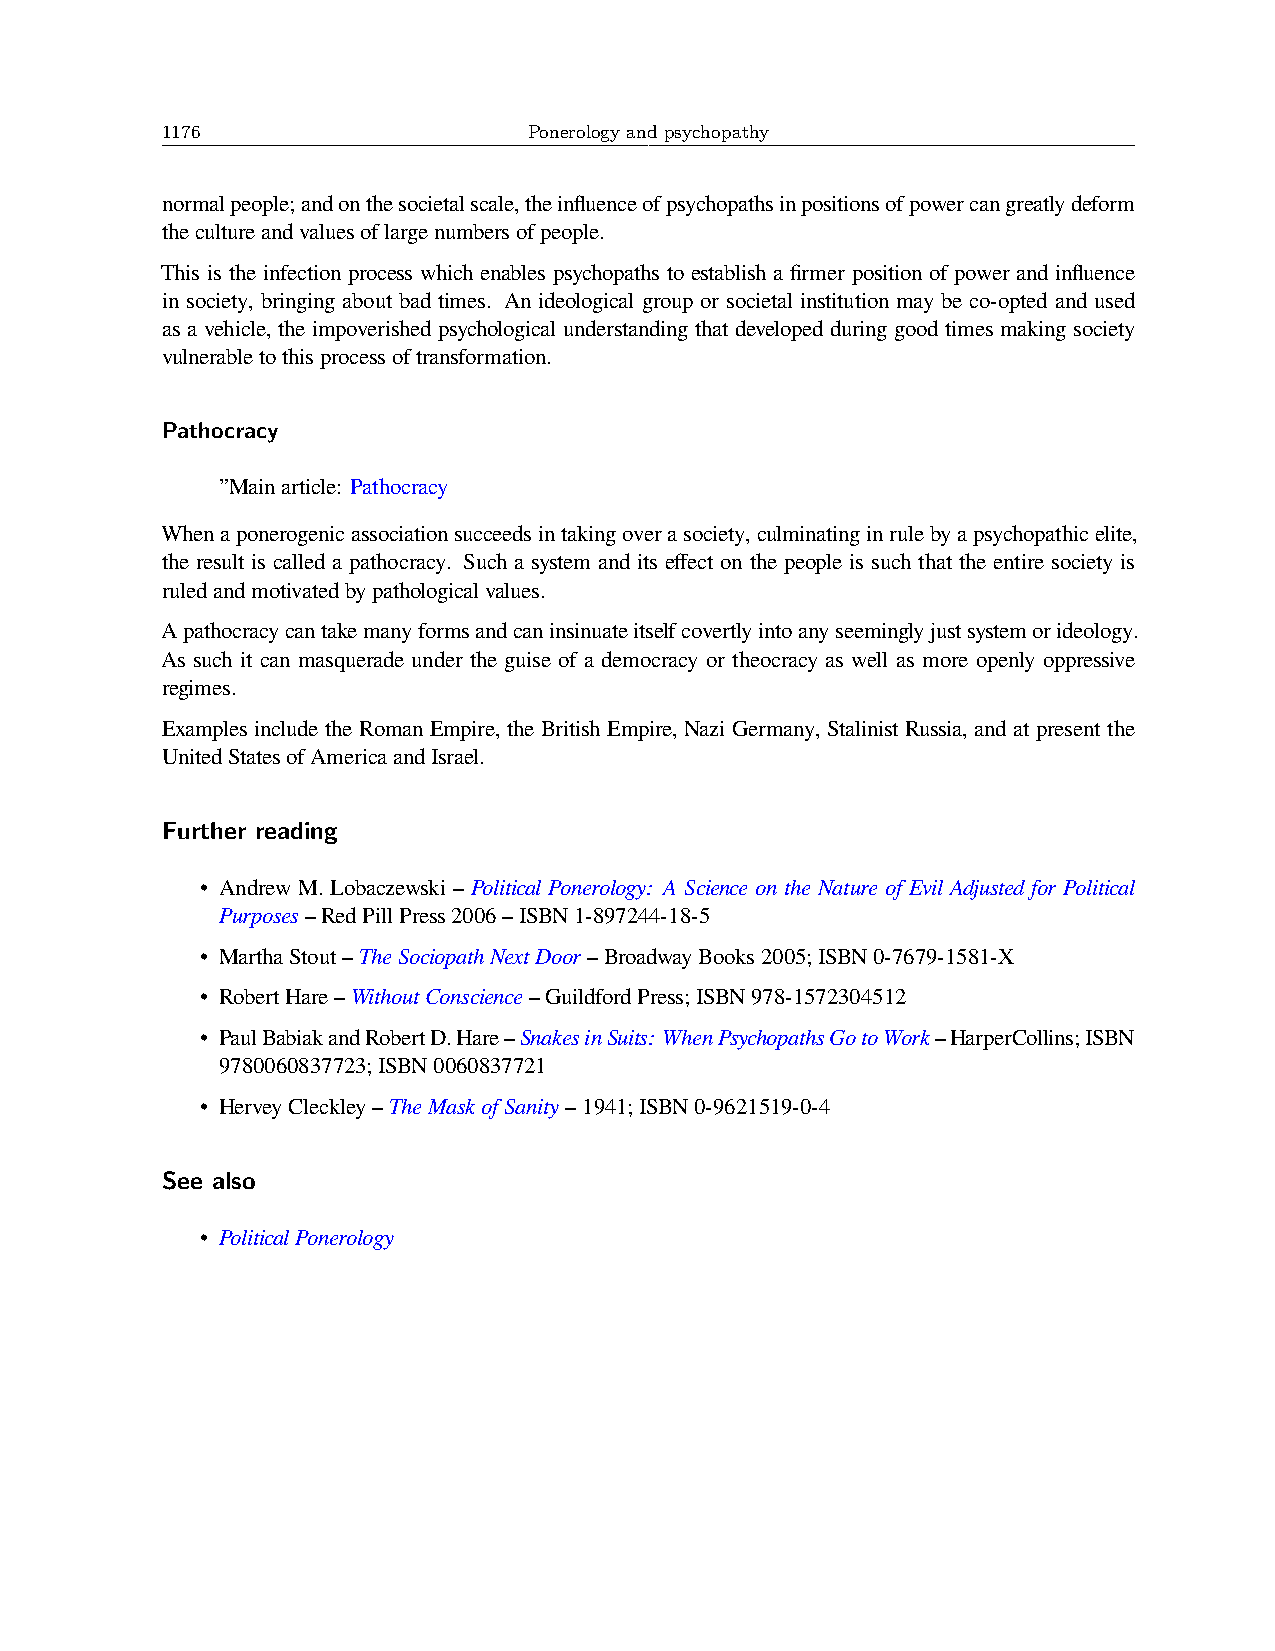
1176                    Ponerology and psychopathy
 normalpeople;andonthesocietalscale,theinfluenceofpsychopathsinpositionsofpowercangreatlydeform
 thecultureandvaluesoflargenumbersofpeople.
 This is the infection process which enables psychopaths to establish a firmer position of power and influence
 in society, bringing about bad times. An ideological group or societal institution may be co-opted and used
 as a vehicle, the impoverished psychological understanding that developed during good times making society
 vulnerabletothisprocessoftransformation.
 Pathocracy
 ”Mainarticle: Pathocracy
 Whenaponerogenicassociationsucceedsintakingoverasociety,culminatinginrulebyapsychopathicelite,
 the result is called a pathocracy. Such a system and its effect on the people is such that the entire society is
 ruledandmotivatedbypathologicalvalues.
 Apathocracycantakemanyformsandcaninsinuateitselfcovertlyintoanyseeminglyjustsystemorideology.
 As such it can masquerade under the guise of a democracy or theocracy as well as more openly oppressive
 regimes.
 Examples include the Roman Empire, the British Empire, Nazi Germany, Stalinist Russia, and at present the
 UnitedStatesofAmericaandIsrael.
 Further reading
 • Andrew M. Lobaczewski – Political Ponerology: A Science on the Nature of Evil Adjusted for Political
 Purposes–RedPillPress2006–ISBN1-897244-18-5
 • MarthaStout–TheSociopathNextDoor–BroadwayBooks2005;ISBN0-7679-1581-X
 • RobertHare–WithoutConscience–GuildfordPress;ISBN978-1572304512
 • PaulBabiakandRobertD.Hare–SnakesinSuits: WhenPsychopathsGotoWork–HarperCollins;ISBN
 9780060837723;ISBN0060837721
 • HerveyCleckley–TheMaskofSanity–1941;ISBN0-9621519-0-4
 See also
 • PoliticalPonerology